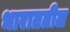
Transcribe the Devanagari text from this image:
भाराततील